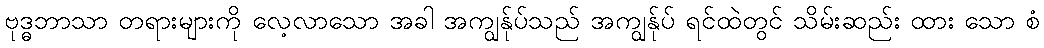
ဗုဒ္ဓဘာသာ တရားများကို လေ့လာသော အခါ အကျွန်ုပ်သည် အကျွန်ုပ် ရင်ထဲတွင် သိမ်းဆည်း ထား သော စံ